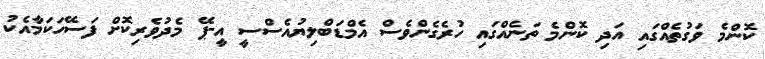
ކޮންމެ ވަގުތެއްގައި އަދި ކޮންމެ ތަނެއްގައި ހުރެގެންވެސް އެމްޑަބްލިޔުއެސްސީ އީ-ޕޭ މެދުވެރިކޮށް ފަސޭހަކަމާއެކު